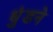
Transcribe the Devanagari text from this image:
धुंडने